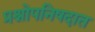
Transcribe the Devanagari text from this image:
प्रश्नोपनिषदात